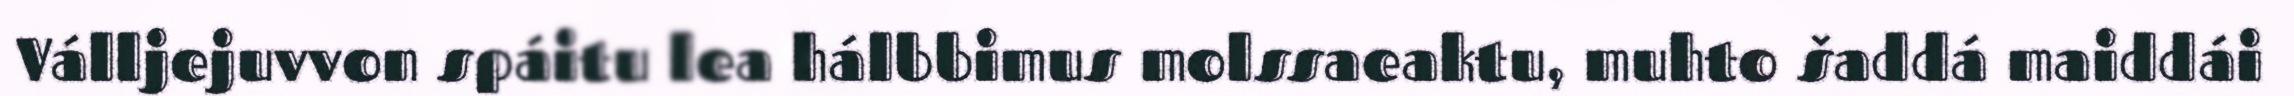
Válljejuvvon spáitu lea hálbbimus molssaeaktu, muhto šaddá maiddái